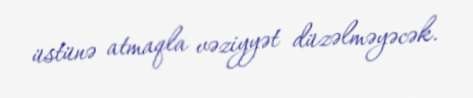
üstünə atmaqla vəziyyət düzəlməyəcək.